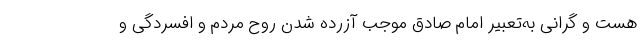
هست و گرانی به‌تعبیر امام صادق موجب آزرده شدن روح مردم و افسردگی و